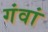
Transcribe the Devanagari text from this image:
गंवां